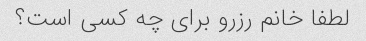
لطفا خانم رزرو برای چه کسی است؟